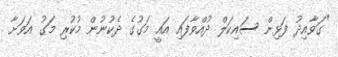
"ގަވާއިދު ފަޅިން ސައިކަލް ދުއްވާފައި އައީ މަގުގެ ދެކުނުން މުކުރި މަގު އަވަށާ